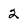
Character: 2